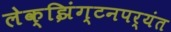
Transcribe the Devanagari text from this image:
लेक्झिंग्टनपर्यंत